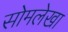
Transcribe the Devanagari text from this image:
सोमलेखा